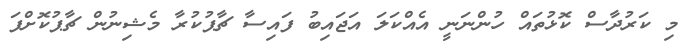
މި ކަރުދާސް ކޮޅުތައް ހުންނަނީ އެއްކަލަ އަޖައިބު ފައިސާ ޗާޕުކުރާ މެޝިނުން ޗާޕުކޮށްފަ